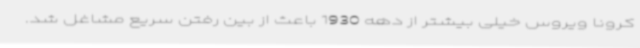
کرونا ویروس خیلی بیشتر از دهه 1930 باعث از بین رفتن سریع مشاغل شد.